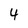
Character: 4